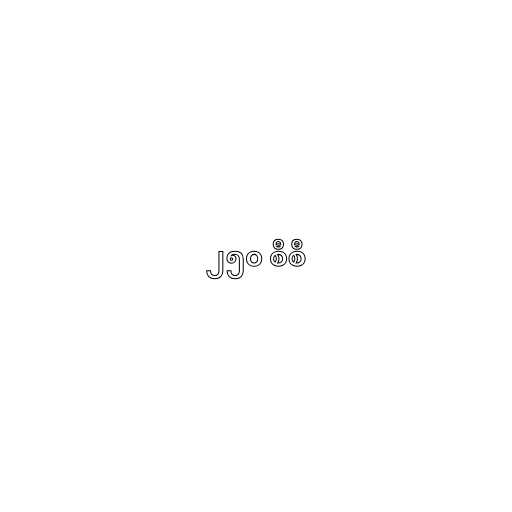
၂၅၀ စီစီ